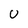
Character: U